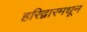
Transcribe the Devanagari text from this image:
हरिद्वारमधून